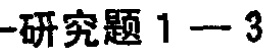
#NAME?